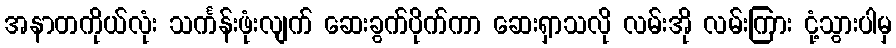
အနာတကိုယ်လုံး သင်္ကန်းဖုံးလျက် ဆေးခွက်ပိုက်ကာ ဆေးရှာသလို လမ်းအို လမ်းကြား ငုံ့သွားပါမှ